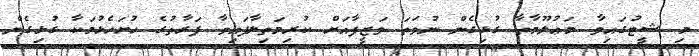
މި ޝީޓުގައިވާ މަޢުލޫމާތާ ގުޅިގެން ނުވަތަ ވަޒީފާއަށް ކުރިމަތިލާފައިވާ ފަރާތުގެ ހުށަހެޅުމަކާ ގުޅިގެން